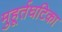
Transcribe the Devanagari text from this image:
मुहूर्तघटिका